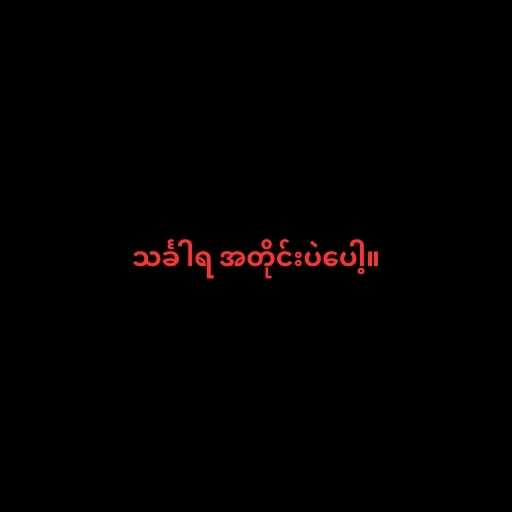
သင်္ခါရ အတိုင်းပဲပေါ့။